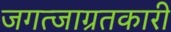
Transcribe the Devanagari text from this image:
जगत्जाग्रतकारी